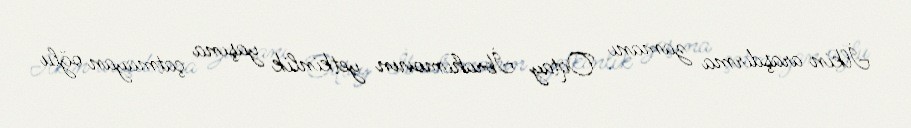
İlkin araşdırma zamanı Oqtay İbrahimovun yetkinlik yaşına çatmayan oğlu